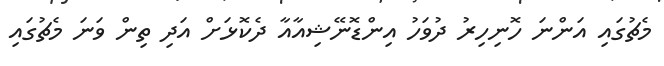
މެޗުގައި އަންނަ ހޮނިހިރު ދުވަހު އިންޑޮނޭޝިއާއާ ދެކޮޅަށް އަދި ތިން ވަނަ މެޗުގައި